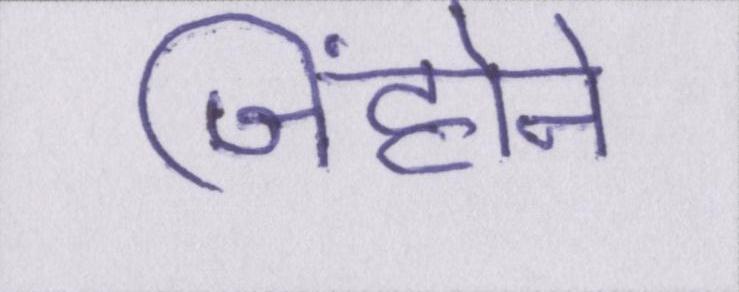
जिंहोने